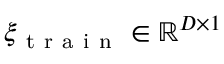
\xi _ { \mathrm { ~ t ~ r ~ a ~ i ~ n ~ } } \in \mathbb { R } ^ { D \times 1 }